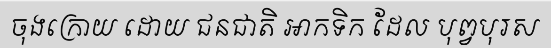
ចុងក្រោយ ដោយ ជនជាតិ អាកទិក ដែល បុព្វបុរស